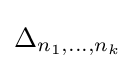
\Delta _{n_{1},\ldots ,n_{k}}